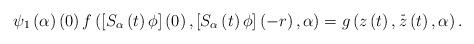
LaTeX: \begin{align*}\psi _{1}\left( \alpha \right) \left( 0\right) f\left( \left[ S_{\alpha}\left( t\right) \phi \right] \left( 0\right) ,\left[ S_{\alpha }\left(t\right) \phi \right] \left( -r\right) ,\alpha \right) =g\left( z\left(t\right) ,\overset{\_}{z}\left( t\right) ,\alpha \right) . \end{align*}